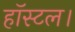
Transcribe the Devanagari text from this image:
हॉस्टल।